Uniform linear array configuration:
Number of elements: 24
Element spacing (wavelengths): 1
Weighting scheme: kaiser
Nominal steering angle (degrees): -60
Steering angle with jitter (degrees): -61.947
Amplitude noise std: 0.05
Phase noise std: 0.05

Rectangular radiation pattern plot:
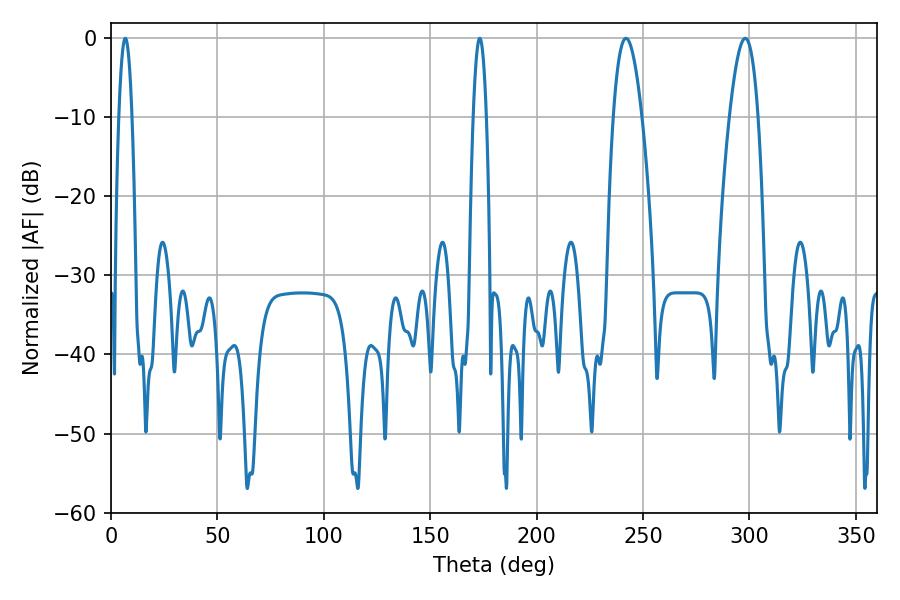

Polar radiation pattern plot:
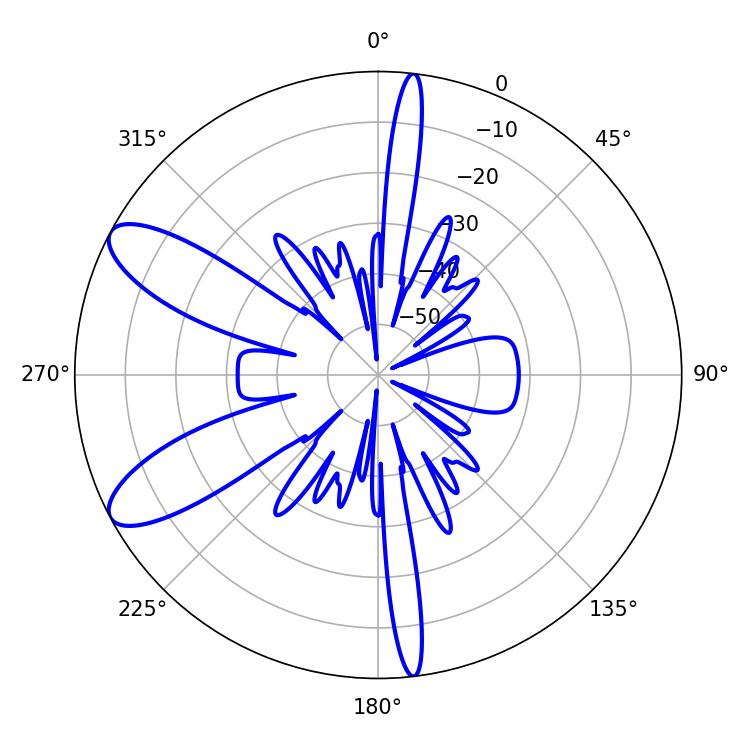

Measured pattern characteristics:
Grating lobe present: TRUE
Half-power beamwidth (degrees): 7.38
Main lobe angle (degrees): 241.92